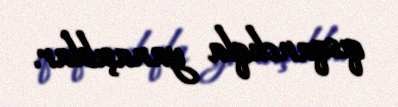
qısqanclıqla yanaşıblar.